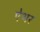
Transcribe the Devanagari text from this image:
ऐथर